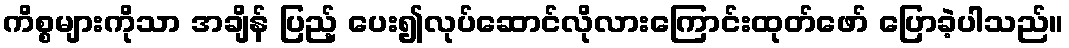
ကိစ္စများကိုသာ အချိန် ပြည့် ပေး၍လုပ်ဆောင်လိုလားကြောင်းထုတ်ဖော် ပြောခဲ့ပါသည်။